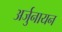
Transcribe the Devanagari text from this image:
अर्जुनायन